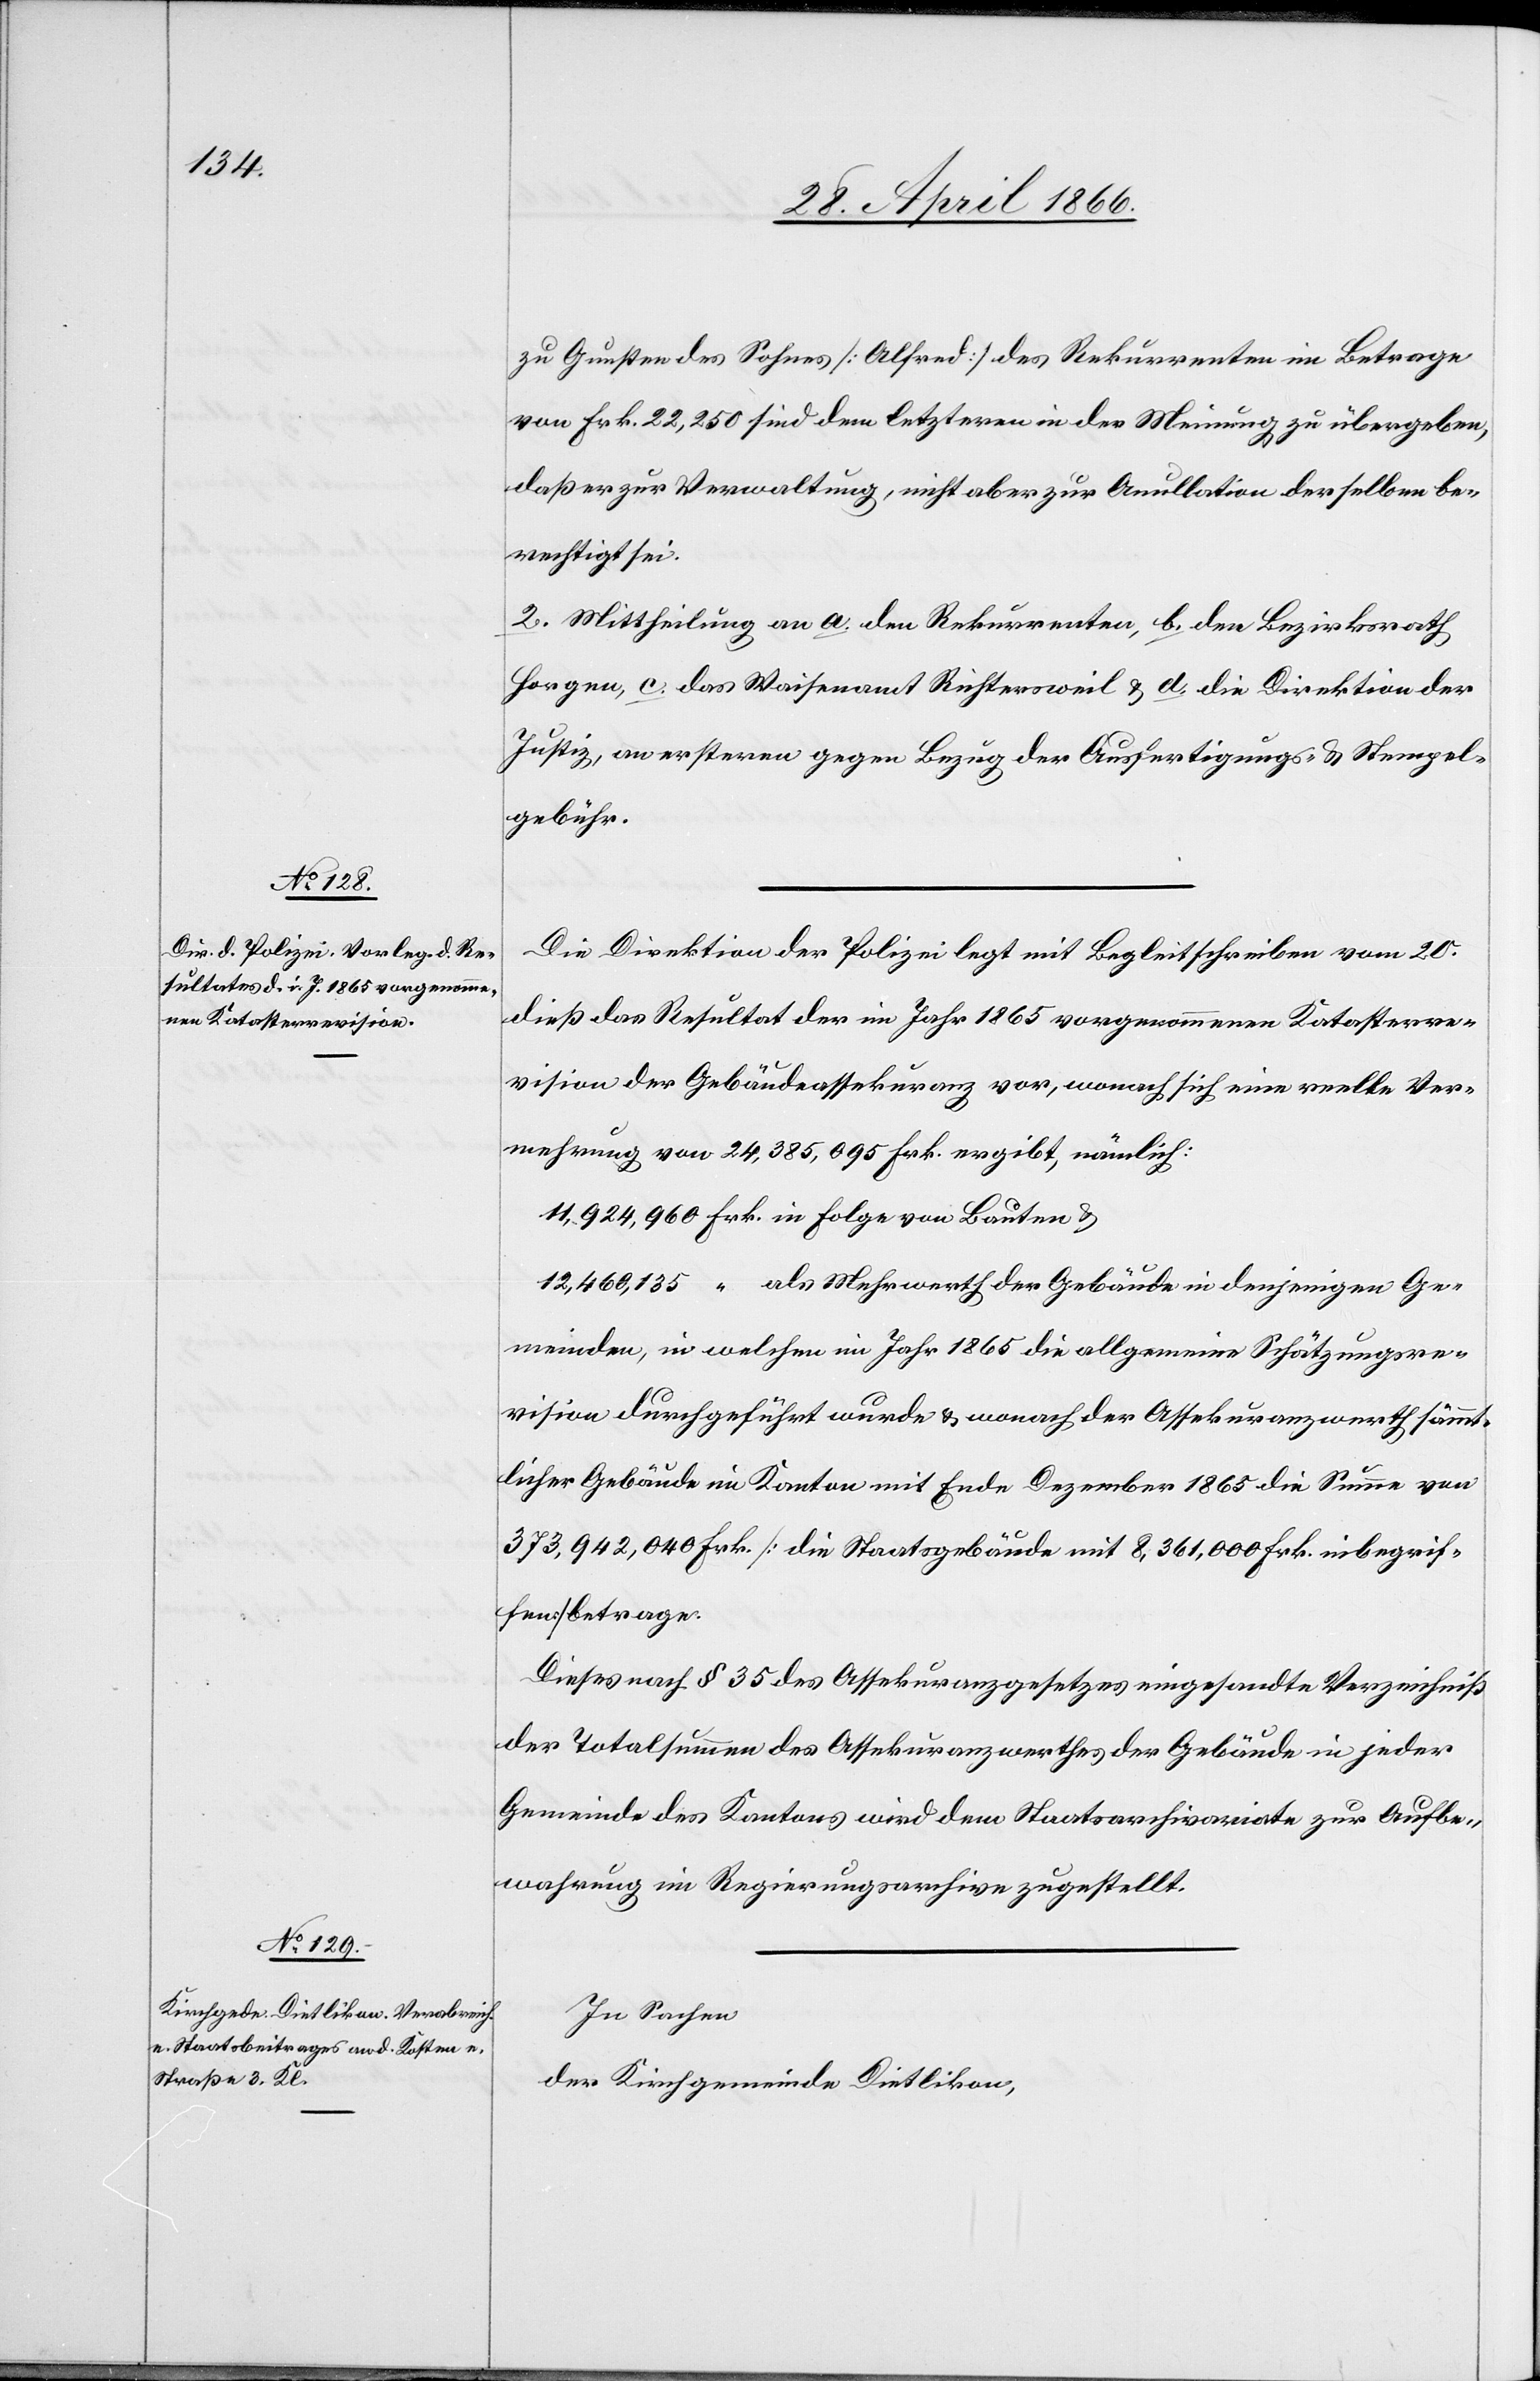
zu Gunsten des Sohnes [Alfred] des Rekurrenten im Betrage
von Frk. 22 250 sind dem letzteren in der Meinung zu übergeben,
daß er zur Verwaltung, nicht aber zur Anullation derselben be¬
rechtigt ist.
2. Mittheilung an a. den Rekurrenten, b. den Bezirksrath
Horgen, c. das Waisenamt Richtersweil u. d. die Direktion der
Justiz, an erstern gegen Bezug der Ausfertigungs- u. Stempel¬
gebühr.
Die Direktion der Polizei legt mit Begleitschreiben vom 20.
dieß das Resultat der im Jahr 1865 vorgenommenen Katasterre¬
vision der Gebäudeassekuranz vor, wonach sich eine reelle Ver¬
mehrung von 24 385 095 Frk. ergibt, nämlich:
11 924 960 Frk. in Folge von Bauten u.
12 460 135 “ als Mehrwerth der Gebäude in denjenigen Ge¬
meinden, in welchen im Jahr 1865 die allgemeine Schätzungsre¬
vision durchgeführt wurde u. wonach der Assekuranzwerth sämmt¬
licher Gebäude im Kanton mit Ende Dezember 1865 die Summe von
373 942 040 Frk. [die Staatsgebäude mit 8 361 000 Frk. inbegrif¬
fen] betrage.
Dieses nach § 35 des Assekuranzgesetzes eingesandte Verzeichniß
der Totalsumme des Assekuranzwerthes der Gebäude in jeder
Gemeinde des Kantons wird dem Staatsarchivariate zur Aufbe¬
wahrung im Regierungsarchive zugestellt.
In Sachen
der Kirchgemeinde Dietlikon